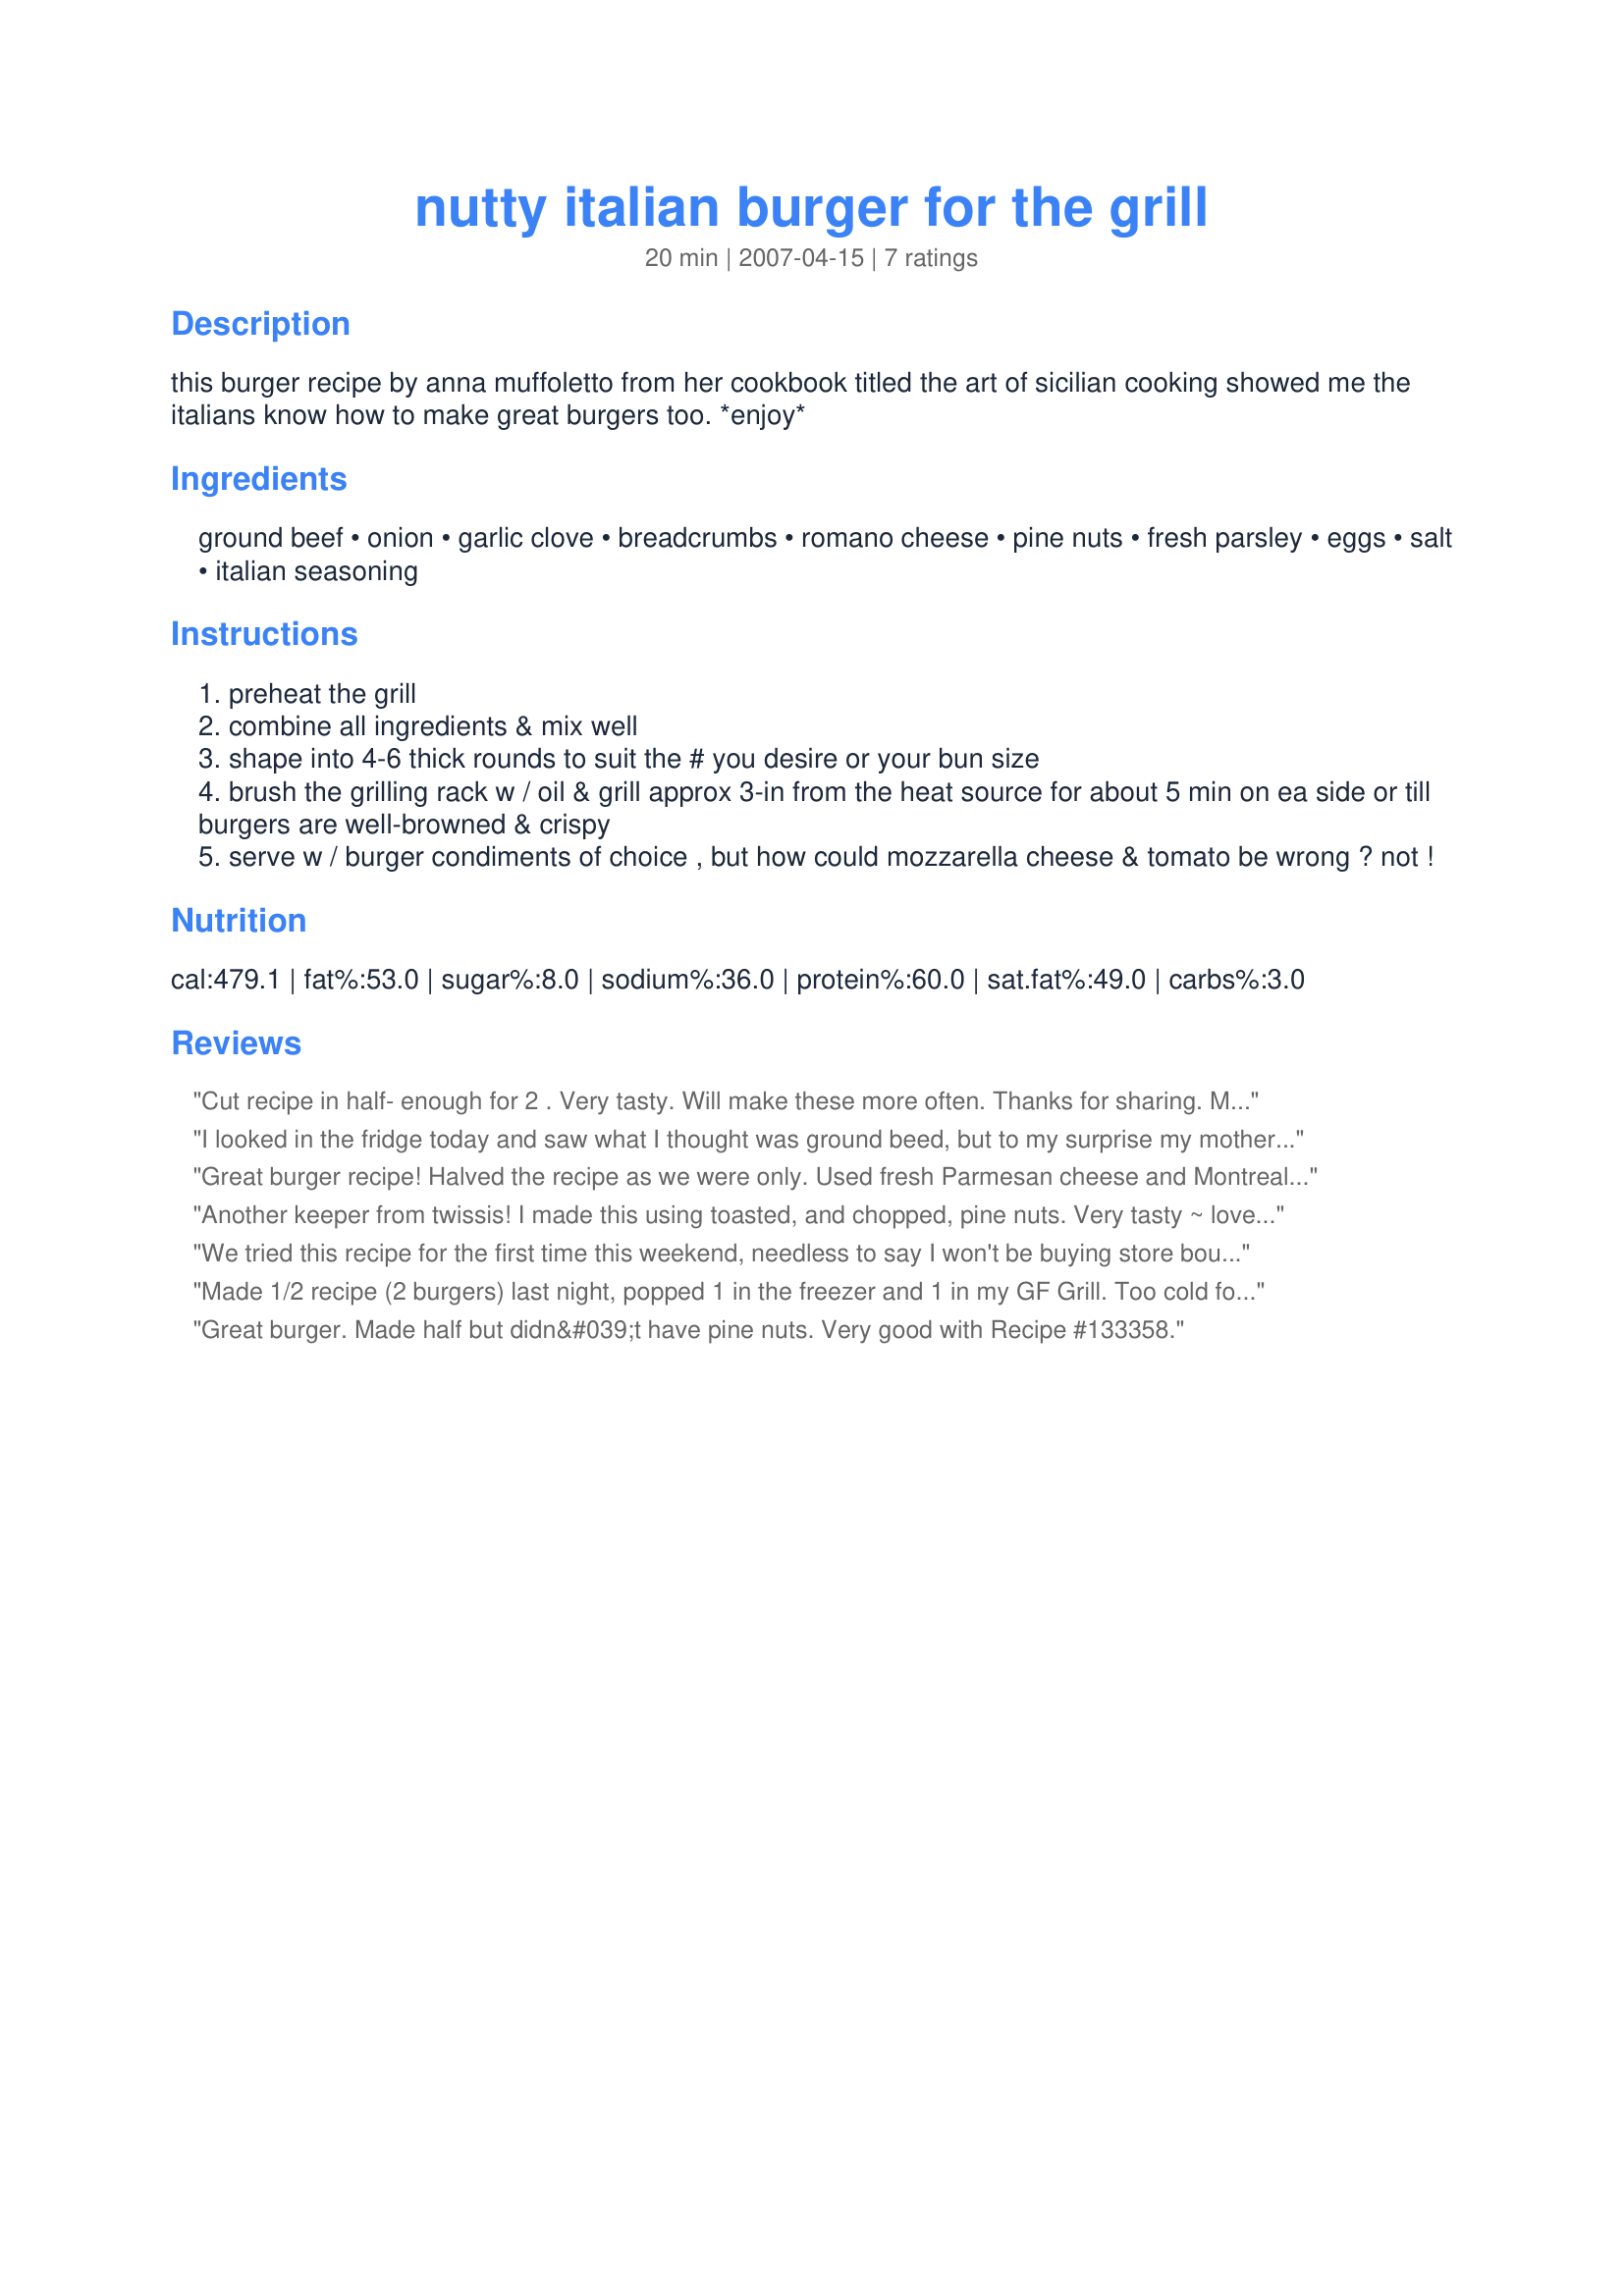
nutty italian burger for the grill
Preparation time: 20 minutes

this burger recipe by anna muffoletto from her cookbook titled the art of sicilian cooking showed me the italians know how to make great burgers too. *enjoy*

Ingredients:
ground beef, onion, garlic clove, breadcrumbs, romano cheese, pine nuts, fresh parsley, eggs, salt, italian seasoning

Steps:
preheat the grill
combine all ingredients & mix well
shape into 4-6 thick rounds to suit the # you desire or your bun size
brush the grilling rack w / oil & grill approx 3-in from the heat source for about 5 min on ea side or till burgers are well-browned & crispy
serve w / burger condiments of choice , but how could mozzarella cheese & tomato be wrong ? not !

Reviews:
Cut recipe in half- enough for 2 . Very tasty. Will make these more often. Thanks for sharing. Made for Football tag week 14.
I looked in the fridge today and saw what I thought was ground beed, but to my surprise my mother bought ground turkey instead. SO I'd thought i'd try this anyways and if it didnt work, oh well. Well you know what, it did work and boy did it work well! I made two burgers, wish I made more for left overs! Very good, will try again with the right meat tho!
Great burger recipe! Halved the recipe as we were only. Used fresh Parmesan cheese and Montreal steak seasoning. Loved the pine nuts in these burgers! Thanks twissis!
Another keeper from twissis! I made this using toasted, and chopped, pine nuts. Very tasty ~ loved all the different flavors blending together. Served with provolone cheese on top, and all the fixings. Thanks twissis, made for Football Pool 2008, your Week #17 win.
We tried this recipe for the first time this weekend, needless to say I won't be buying store bought anytime soon. This is a tasty delight, and it even calls to you from the refrigerator
Murray Fletcher
Waterloo, Ontario, Canada
Made 1/2 recipe (2 burgers) last night, popped 1 in the freezer and 1 in my GF Grill. Too cold for outdoor grilling but that spare in the freezer is destined for the outdoors! I used chopped Vidalia onion and Parm cheese, and topped the pattie with mozzarella as you did, and found it incredible! Thanks for sharing Twissis. Made for Zaar Cookbook Tag.
Great burger. Made half but didn&#039;t have pine nuts. Very good with Recipe #133358.
